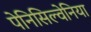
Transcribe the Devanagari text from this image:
पेनिसिल्‍वेनिया